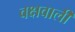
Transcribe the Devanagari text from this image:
वक्षवाली